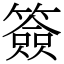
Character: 簽